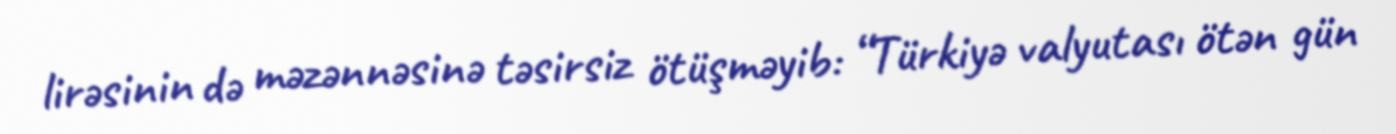
lirəsinin də məzənnəsinə təsirsiz ötüşməyib: “Türkiyə valyutası ötən gün